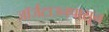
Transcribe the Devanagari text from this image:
जॉर्जटाउनपासून